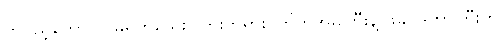
တပည့်တော်။ ။ မရိုက်သေးပါဘူးဘုရား၊ တိုက်အမကြီးနဲ့ ဖခင်ဒကာကြီးက